King Institute of Preventive Medicine Micro-Biological Section reports 1909-11
Year: 1909
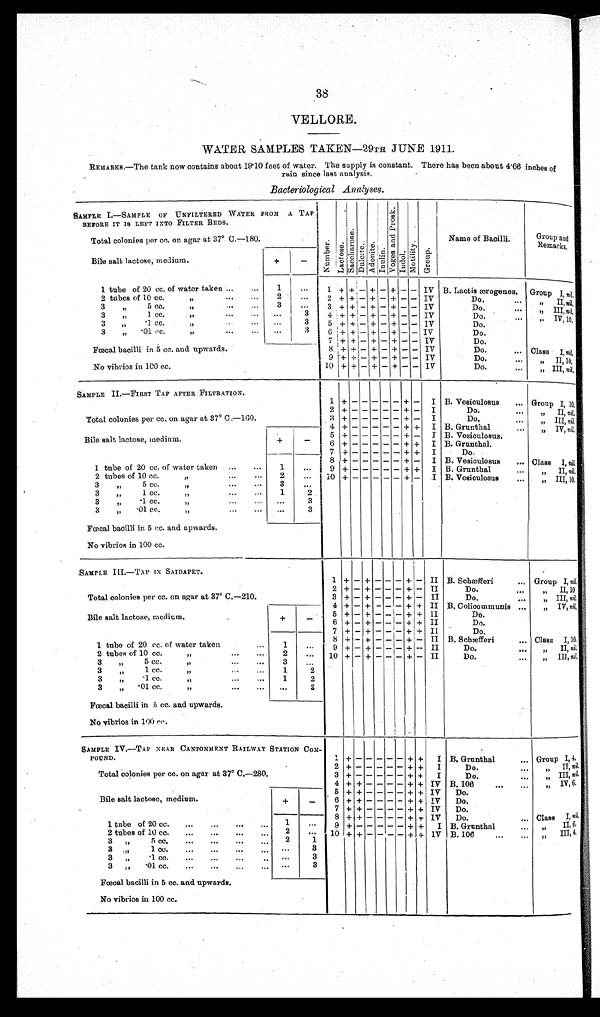
38
VELLORE.
WATER SAMPLES TAKEN—29TH JUNE 1911.
REMARKS.—The tank now contains about 19.10 feet of water. The supply is constant. There has been about 4.66 inches of
rain since last analysis.
Bacteriological Analyses.
SAMPLE I.—SAMPLE of UNFILTERED W
A T E R F R O M A T A P B E F O R E I T I S L E F T I N T O F I L T E R B E D S .
Nu mb e r .
L a c t o s e . S a c c h a r o s e .
D u l c i t e .
A d o n i t e .
Inulin.
V o g a a n d P r o s k .
I n d o l .
Mo d a l i t y .
Gr oup.
Name of Bacilli.
Group and
Remarks.
Total colonies per cc. on agar at 37° C.—180.
Bile salt lactose, medium.
+
-
1 tube of 20 cc. of water taken
. . .
. . .
1
. . .
1 + + - + - + - - I V
B. Lactis ærogenes. Group
I
, n i l
.
2 tubes of 10 cc.
. . .
. . .
. . .
2
. . . 2 + + - + - + - -
I V
Do.
. . .
„
II,
n i l
.
3
„
5 cc.
. . .
. . .
. . .
3
. . .
3 + + - + - + - - I V
Do.
. . .
„
III,n i l
.
3
„
.1 cc.
...
. . .
. . .
3
4 + + - + - + - - I V
Do.
. . .
„
I V , 1 0 .
3
„ .
1 c c .
. . .
. . .
. . .
3
5 + + - + - + - - I V
Do.
3
„
. 0 1 c c .
. . .
. . .
. . .
3
6 + + - + - + - - I V
Do.
7 + + - + - + - - I V
Do.
F œ c a l b a c i l l i i n 5 c c . a n d u p w a r d s .
8 + + - + - + - - I V
Do.
. . .
Class I, n i l.
9 + + - + - + - - I V
Do.
. . .
„
I I , 1 0 .
No vibrios in 100 cc.
10 + + - + - + - - I V
Do.
...
„
III, n i l .
SAMPLE II.—FIRST TAP AFTER FILTRATION.
1
+ -
- - - -
+ - I B. Vesiculosus
...
Group I , 1 0 .
Total colonies per cc. on agar at 37° C .—160.
2 + -
- - - - + - I
Do.
. . .
„
II, nil.
3 + -
- - - - + - I
Do.
. . .
„
III,n i l .
4 + -
- - - - + + I B. Grunthal
. . .
„
IV, nil.
Bile salt lactose, medium.
+
-
5 + -
- - - - + - I B. Vesiculosus,
6 + -
- - - - + + I B. Grunthal.
1 tube of 20 cc. of water taken ...
. . .
1
. . .
7 + -
- - - - + + I
Do.
8 + -
- - - - + - I B. Vesiculosus
. . . Class I, nil.
9 + -
- - - - + + I B. Grunthal . . .
„
I I ,
n i l .
2 tubes of 10 cc.
. . .
. . .
. . . 2
. . . 1 0 + -
- - - - + - I B. Vesiculosus
. . .
„
I I I ,
n i l .
3
„
5 cc.
. . .
. . .
3 ...
3
„
1 cc.
. . .
. . .
. . .
1
2
3
„
.1 cc.
. . .
. . .
. . .
. . .
3
3
„
. 0 1 c c .
. . .
. . .
. . .
. . .
3
Fœcal bacilli in 5 cc. and upwards.
No vibrios in 100 cc.
SAMPLE III.—TAP IN SAIDAPET.
1 + - + - - - + - II B. Schæfferi
. . .
Group I, nil.
Total colonies per cc. on agar at 37° C.—210.
2 + - + - - - + - II
Do.
. . .
„
I I , 1 0 .
3 + - + - - - + - II
Do.
. . .
„ III, nil.
Bile salt lactose, medium.
. . .
+
- 4 + - + - - - + + II B. Colicommunis
. . . „ IV, nil.
5 + - + - - - + + II
Do.
6 + - + - - - + + II
Do.
1 tube of 20 cc. of water taken
...
1
. . .
7 + - + - - - + + II
Do.
8 + - + - - - + - II B. Schæfferi
. . . Class I, 10.
9 + - + - - - + - II
Do.
. . .
„
II,n i l .
2 tubes of 10 cc.
... ... ...
2
. . .
1 0 + - + - - - + - II
Do.
. . .
„
I I I ,
n i l
.
3
„
5 cc.
... ... ...
3
. . .
3
„
1 cc.
... ... ...
1
2
3
„
.1 CC.
. . . . . . . . .
1
2
3
„ .01 cc.
... ... ...
. . .
3
Fœcal bacilli in 5 cc. and upwards.
No vibrios in 100 cc.
SAMPLE IV.—TAP NEAR CANTONMENT RAILWAY STATION COM
POUND.
1
+
-
- - - - + + I B. Grunthal . . . Group I, 4.
Total colonies per cc. on agar at 37° C.—280.
2 + -
- - - - + + I
Do.
. . . „ II, nil.
3 + -
- - - - + + I
Do.
. .
„
III nil.
Bile salt lactose, medium.
+
-
4 ++ - - - - + + IV B. 106
...
„
IV, 6.
5 ++ - - - - + + IV Do.
6 ++ - - - - + + IV Do.
7 ++ - - - - + + IV Do.
1 tube of 20 cc.
...
...
...
. . . 1
. . .
8 + + - - - - + + IV Do.
. . . Class I, nil.
9 + -
- - - - + + I B. Grunthal
...
„
II, 6.
2 tubes of 10 cc.
...
...
...
. . . 2
. . .
1 0 + + - - - - + + IV B. 106
...
...
„
III, 4.
3 „
5 cc.
...
...
...
. . . 2
1
3 „
1 c c .
. . .
. . .
. . .
3
3 „
. 1 c c .
. . .
. . .
3
3 „
. 0 1 c c .
. . .
. . .
. . .
. . . . . .
3
Fœcal bacilli in 5 cc. and upwards.
No vibrios in 100 cc.